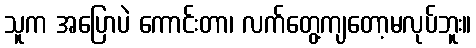
သူက အပြောပဲ ကောင်းတာ၊ လက်တွေ့ကျတော့မလုပ်ဘူး။